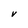
Character: v